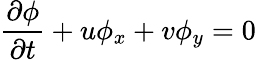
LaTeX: \frac{\partial\phi}{\partial t}+u\phi_{x}+v\phi_{y}=0